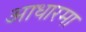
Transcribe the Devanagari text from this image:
आधारमा